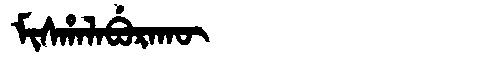
Manchu: ᠮᡳᠰᡥᠠᠯᠠᠪᡠᡵᠠᡴᡡ
Romanization: MISHALABURAKŪ